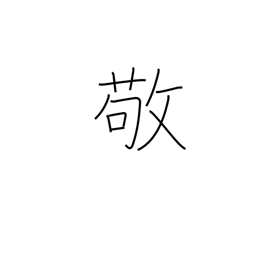
Meaning: revere